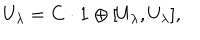
LaTeX: U _ { \lambda } = { \bf C } \cdot { \bf 1 } \oplus [ U _ { \lambda } , U _ { \lambda } ] ,